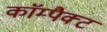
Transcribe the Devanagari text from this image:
काॅम्पैक्ट